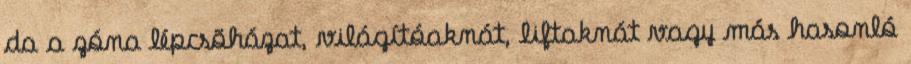
da a zóna lépcsõházat, világítóaknát, liftaknát vagy más hasonló